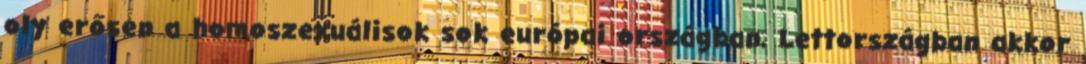
oly erősen a homoszexuálisok sok európai országban, Lettországban akkor